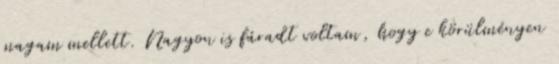
magam mellett. Nagyon is fáradt voltam, hogy e körülményen